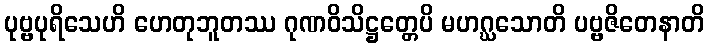
ပုဗ္ဗပုရိသေဟိ ဟေတုဘူတဿ ဂုဏဝိသိဋ္ဌတ္တေပိ မဟဂ္ဃသောတိ ပဗ္ဗဇိတေနာတိ